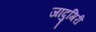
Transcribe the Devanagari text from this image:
जादुगिरी